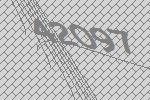
42097